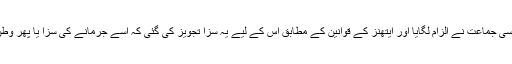
اس پر ایک چھوٹی سی جماعت نے الزام لگایا اور ایتھنز کے قوانین کے مطابق اس کے لیے یہ سزا تجویز کی گئی کہ اسے جرمانے کی سزا یا پھر وطن بدر کر دیا جائے۔